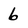
Character: 6